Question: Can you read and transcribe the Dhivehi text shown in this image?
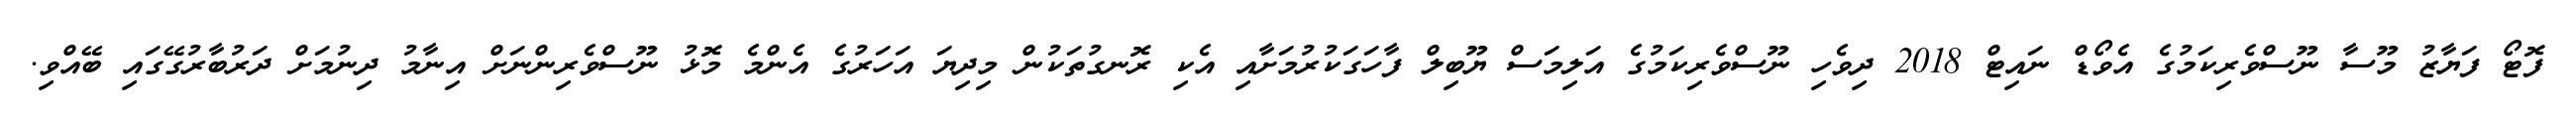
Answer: ފޮޓޯ ފަޔާޒު މޫސާ ނޫސްވެރިކަމުގެ އެވޯޑް ނައިޓް 2018 ދިވެހި ނޫސްވެރިކަމުގެ އަލިމަސް ޔޫބިލް ފާހަގަކުރުމަށާއި އެކި ރޮނގުތަކުން މިދިޔަ އަހަރުގެ އެންމެ މޮޅު ނޫސްވެރިންނަށް އިނާމު ދިނުމަށް ދަރުބާރުގޭގައި ބޭއްވި.